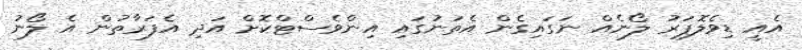
އެއީ ޑިވެލޮޕަރު ލޯނެއް ނަގައިގެން އެތަނުގައި އިންވެސްޓްކޮށް އަދި އެފަރާތުން އެ ލޯނު